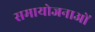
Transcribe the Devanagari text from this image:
समायोजनाओं